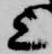
上